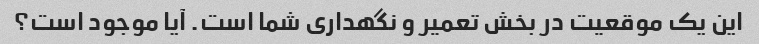
این یک موقعیت در بخش تعمیر و نگهداری شما است. آیا موجود است؟